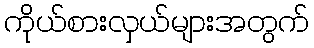
ကိုယ်စားလှယ်များအတွက်